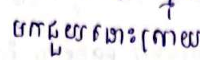
មកជួយដោះស្រាយ